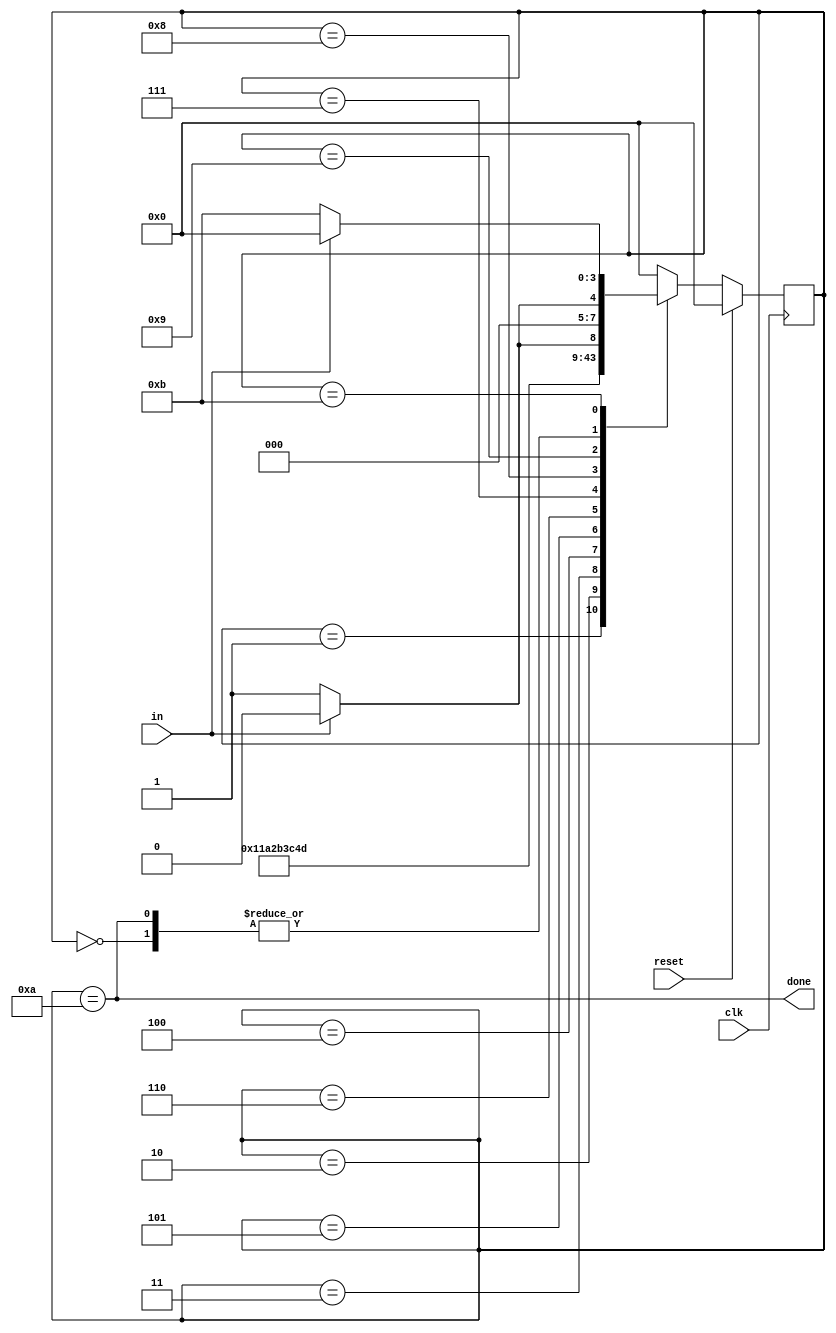
module top_module(
    input clk,
    input in,
    input reset,    // Synchronous reset
    output done
); 
    parameter idle=0, start=1,
    			data0 = 2,data1 = 3, data2 = 4, data3 = 5, data4 = 6, data5 = 7, data6 = 8, data7 = 9,
    			suc = 10, fail = 11;
    reg [3:0] ps, ns;
    
    always @(posedge clk) begin
        if(reset)
            ps <= idle;
        else
            ps <= ns;
    end
    
    always @(*) begin
        case(ps)
        	idle: ns = in ? idle : start;
            start: ns = data0;
            data0: ns = data1;
            data1: ns = data2;
            data2: ns = data3;
            data3: ns = data4;
            data4: ns = data5;
            data5: ns = data6;
            data6: ns = data7;
            data7: ns = in ? suc : fail;
            suc: ns = in ? idle : start;
            fail: ns = in ? idle : fail;
            default: ns = idle;
        endcase
   	end
    
    assign done = ps==suc;

endmodule